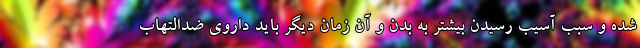
شده و سبب آسیب رسیدن بیشتر به بدن و آن زمان دیگر باید داروی ضدالتهاب